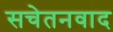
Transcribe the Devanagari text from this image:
सचेतनवाद